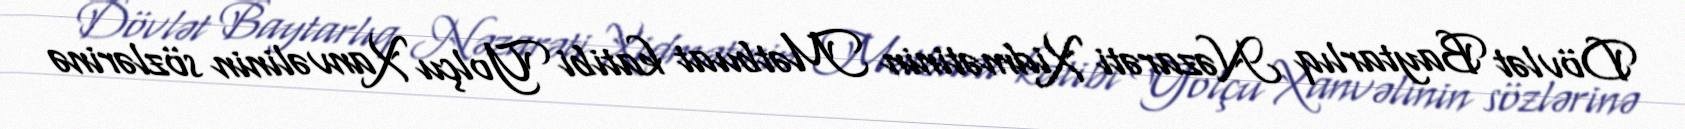
Dövlət Baytarlıq Nəzarəti Xidmətinin Mətbuat katibi Yolçu Xanvəlinin sözlərinə